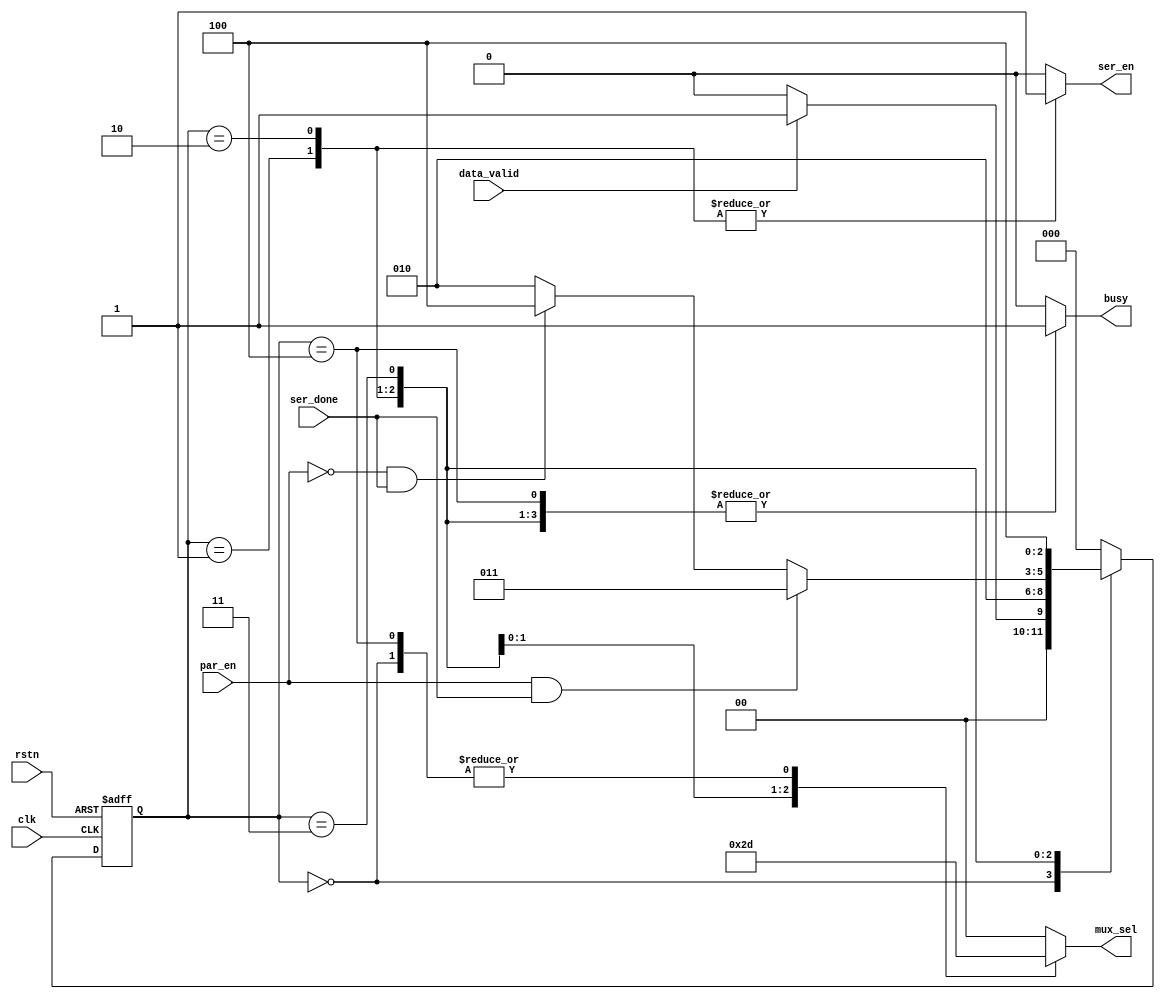
module fsm (
  input wire clk,rstn,
  input wire data_valid,par_en,ser_done,
  output reg busy,ser_en,
  output reg [1:0] mux_sel
  );
 reg [2:0] current_state,next_state;
 
parameter IDLE = 3'd0;
parameter START_BIT = 3'd1; 
parameter DATA = 3'd2;
parameter PARITY = 3'd3;
parameter STOP = 3'd4;

/*current_state logic */
always@(posedge clk or negedge rstn)begin
  if(!rstn)
    current_state <= IDLE;
  else
    current_state <= next_state;
end  
    
 /*next state logic */
always@(*)begin
  case(current_state)
    IDLE:begin
          if(data_valid)
            next_state = START_BIT;
          else
            next_state = IDLE;
          end

    START_BIT:next_state = DATA;
    DATA:begin
         if(par_en == 1'b1 && ser_done == 1'b1)
            next_state = PARITY;
          else if (par_en == 1'b0 && ser_done == 1'b1)
            next_state = STOP;
          else
            next_state = DATA;
          end  
    PARITY: next_state = STOP;
    STOP: next_state = IDLE;
    default : next_state = IDLE;
  endcase
end

/* moore output logic */
always@(*)begin
    mux_sel = 2'd0;
    busy = 1'b0;
    ser_en = 1'b0;
    
  case(current_state)
    IDLE:begin
	      busy = 1'b0;
	      mux_sel = 2'd1;
	  end
    START_BIT:begin
              ser_en = 1'b1;
              mux_sel = 2'd0;
              busy = 1'b1;
              end
    DATA:begin
               ser_en = 1'b1;
               mux_sel = 2'd2;
               busy = 1'b1;
          end
    PARITY:begin
              mux_sel = 2'd3;
              busy = 1'b1;
           end
    STOP:begin
              mux_sel = 2'd1;
              busy = 1'b1;
          end   

endcase
end
endmodule